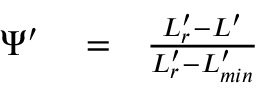
\begin{array} { r l r } { \Psi ^ { \prime } } & { { } = } & { \frac { L _ { r } ^ { \prime } - L ^ { \prime } } { L _ { r } ^ { \prime } - L _ { m i n } ^ { \prime } } } \end{array}